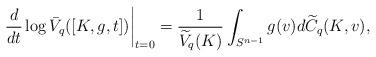
LaTeX: \begin{align*}\left.\frac{d}{dt} \log \bar{V}_q([K,g,t])\right|_{t=0}=\frac{1}{\widetilde{V}_q(K)}\int_{S^{n-1}}g(v)d\widetilde{C}_q(K,v),\end{align*}